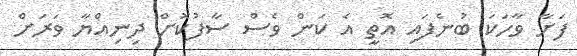
ފަށާ ވާހަކަ ބުނެފައި އޮތީ އެ ކަން ވެސް ސާފުކޮށް ދިނިއްޔާ ވަރަށް